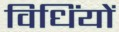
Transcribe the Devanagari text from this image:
विधिंयों